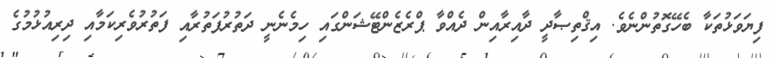
ފިޔަވަޅުތަކާ ބެހޭގޮތުންނެވެ. އިޤްތިޞާދީ ދާއިރާއިން ދެއްވާ ޕްރެޒެންޓޭޝަންގައި ހިމެނެނީ ދަތުރުފަތުރާއި ފަތުރުވެރިކަމާއި ދިރިއުޅުމުގެ